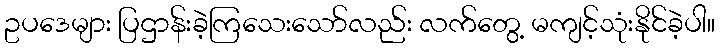
ဥပဒေများ ပြဌာန်းခဲ့ကြသေးသော်လည်း လက်တွေ့ မကျင့်သုံးနိုင်ခဲ့ပါ။